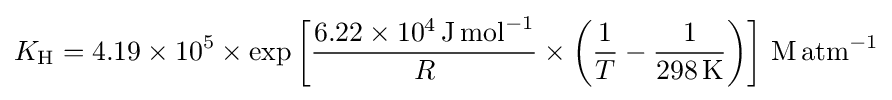
K_{\text{H}}=4.19\times 10^{5}\times \exp \left[{\frac {6.22\times 10^{4}\,{\text{J}}\,{\text{mol}}^{-1}}{R}}\times \left({\frac {1}{T}}-{\frac {1}{298\,{\text{K}}}}\right)\right]\,{\text{M}}\,{\text{atm}}^{-1}